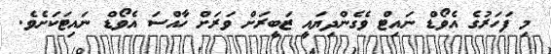
މި ފަހަރުގެ އެވޯޑް ނައިޓް ވެގެންދިޔައީ ޒަބީރަށް ވަރަށް ހާއްސަ އެވޯޑް ނައިޓަކަށެވެ.